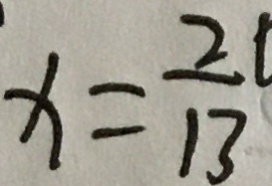
x = \frac { 2 t } { 1 3 }